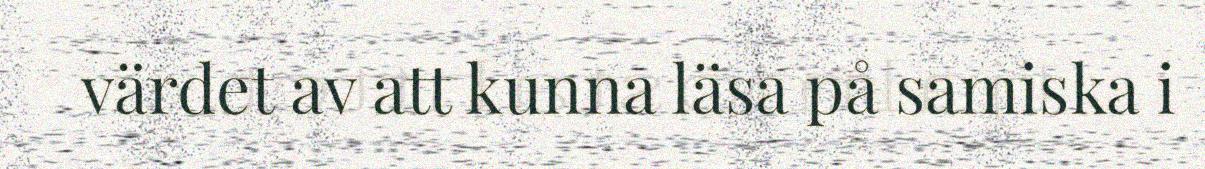
värdet av att kunna läsa på samiska i